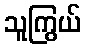
သူကြွယ်